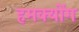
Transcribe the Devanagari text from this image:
हमक्योंग